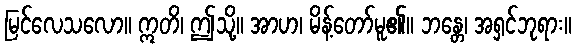
မြင်လေသလော။ ဣတိ၊ ဤသို့။ အာဟ၊ မိန့်တော်မူ၏။ ဘန္တေ၊ အရှင်ဘုရား။